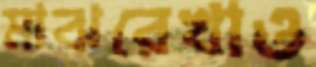
মাঝরেখাও